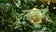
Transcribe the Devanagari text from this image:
दस्तवेज